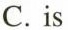
C.is